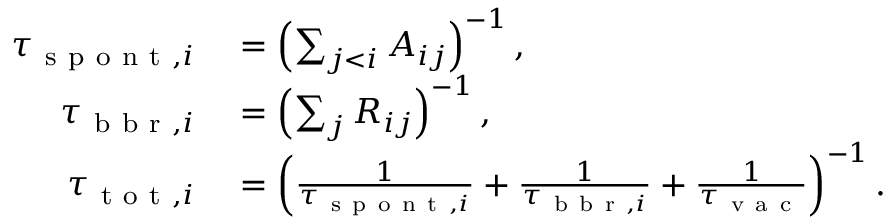
\begin{array} { r l } { \tau _ { \mathrm { ~ s ~ p ~ o ~ n ~ t ~ } , i } } & { { } = \left( \sum _ { j < i } A _ { i j } \right) ^ { - 1 } , } \\ { \tau _ { \mathrm { ~ b ~ b ~ r ~ } , i } } & { { } = \left( \sum _ { j } R _ { i j } \right) ^ { - 1 } , } \\ { \tau _ { \mathrm { ~ t ~ o ~ t ~ } , i } } & { { } = \left( \frac { 1 } { \tau _ { \mathrm { ~ s ~ p ~ o ~ n ~ t ~ } , i } } + \frac { 1 } { \tau _ { \mathrm { ~ b ~ b ~ r ~ } , i } } + \frac { 1 } { \tau _ { \mathrm { ~ v ~ a ~ c ~ } } } \right) ^ { - 1 } . } \end{array}